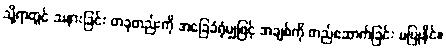
သို့ရာတွင် သနားခြင်း တခုတည်းကို အခြေခံရုံမျှဖြင့် အချစ်ကို တည်ဆောက်ခြင်း မပြုနိုင်။